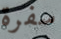
سفرة